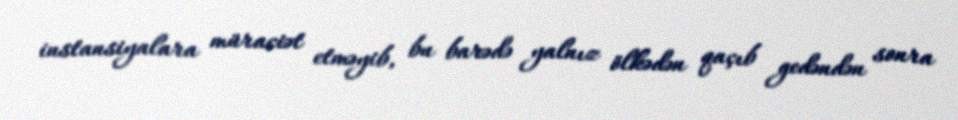
instansiyalara müraciət etməyib, bu barədə yalnız ölkədən qaçıb gedəndən sonra